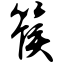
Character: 篌